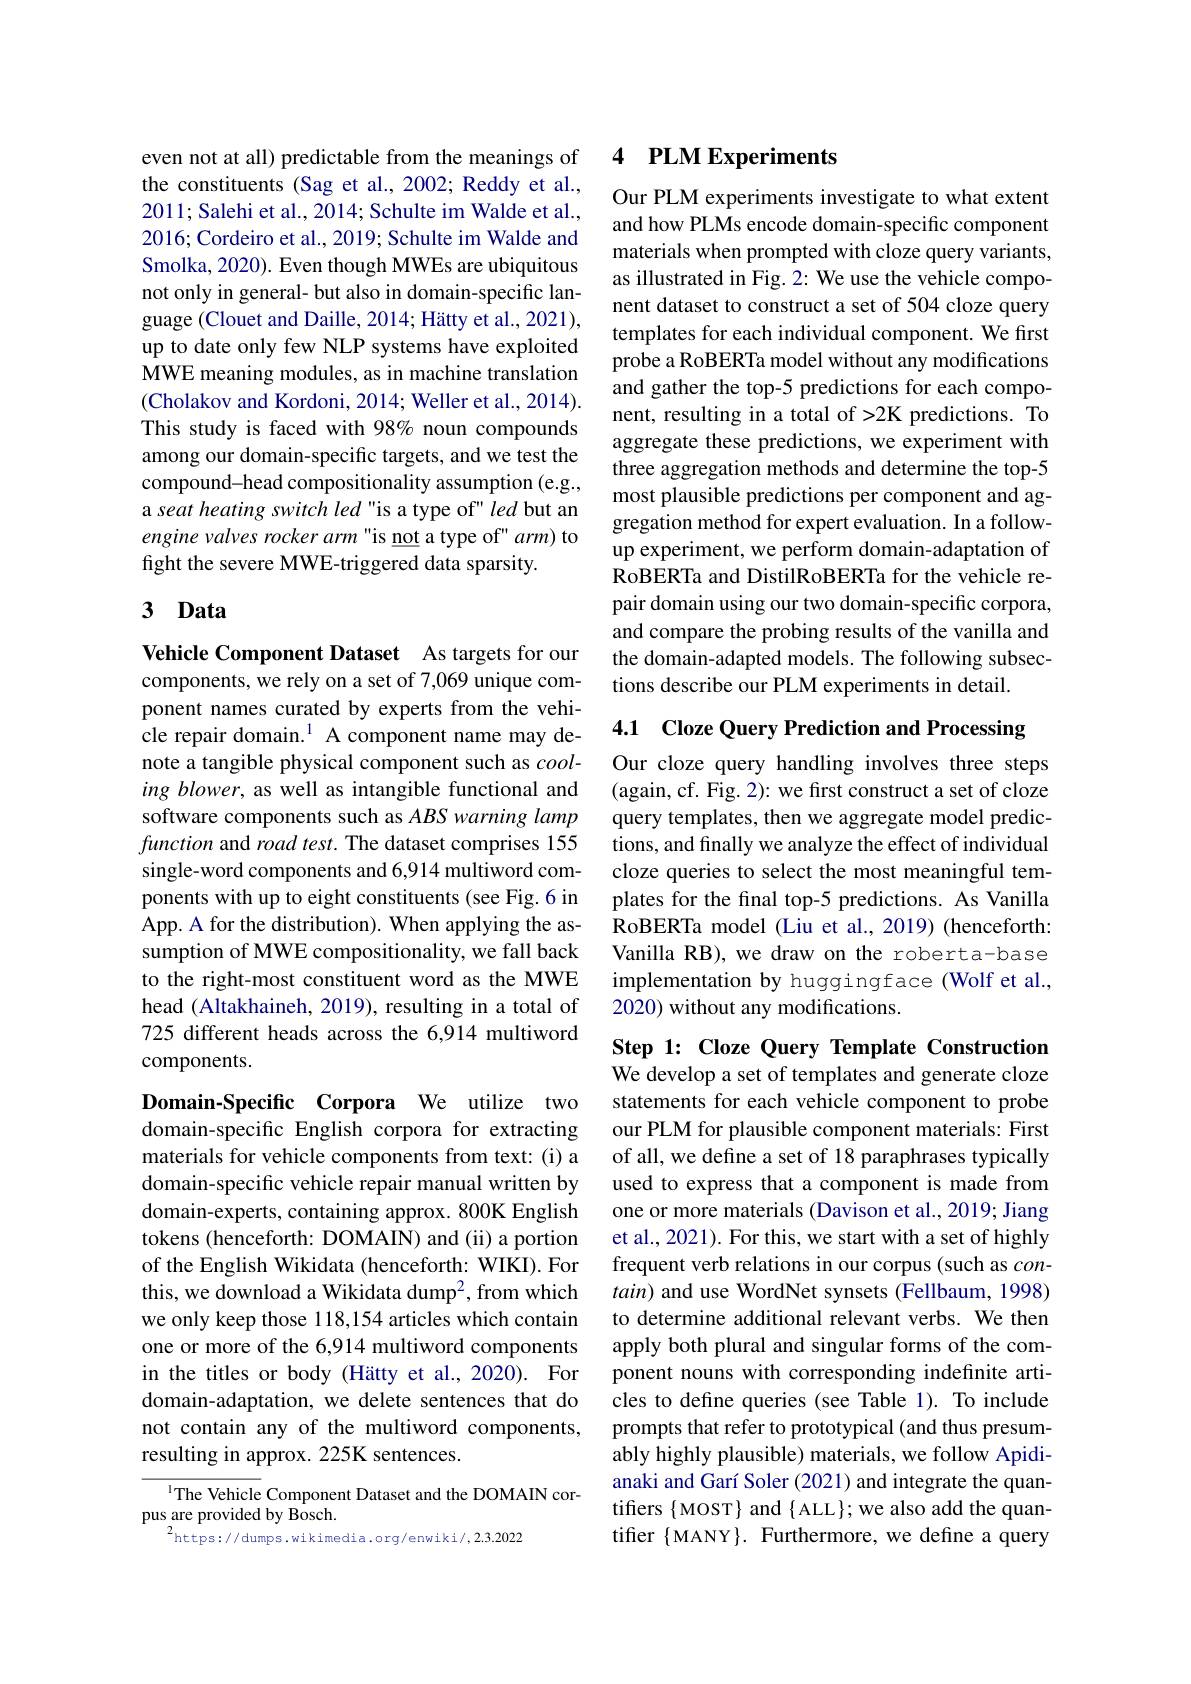
even not at all) predictable from the meanings of the constituents (Sag et al., 2002; Reddy et al., 2011; Salehi et al., 2014; Schulte im Walde et al., 2016; Cordeiro et al., 2019; Schulte im Walde and Smolka, 2020). Even though MWEs are ubiquitous not only in general- but also in domain-specific language (Clouet and Daille, 2014; Hätty et al., 2021), up to date only few NLP systems have exploited MWE meaning modules, as in machine translation (Cholakov and Kordoni, 2014; Weller et al., 2014). This study is faced with 98% noun compounds among our domain-specific targets, and we test the compound-head compositionality assumption (e.g., a seat heating switch led "is a type of" led but an engine valves rocker arm "is not a type of" arm) to fight the severe MWE-triggered data sparsity.

## 3 Data

Vehicle Component Dataset As targets for our components, we rely on a set of 7,069 unique component names curated by experts from the vehicle repair domain.$^{1}$ A component name may denote a tangible physical component such as cooling blower, as well as intangible functional and software components such as ABS warning lamp function and road test. The dataset comprises 155 single-word components and 6,914 multiword components with up to eight constituents (see Fig.6 in App. A for the distribution). When applying the assumption of MWE compositionality, we fall back to the right-most constituent word as the MWE head (Altakhaineh, 2019), resulting in a total of 725 different heads across the 6,914 multiword components.

Domain-Specific Corpora We utilize two domain-specific English corpora for extracting materials for vehicle components from text: (i) a domain-specific vehicle repair manual written by domain-experts, containing approx. 800K English tokens (henceforth: DOMAIN) and (ii) a portion of the English Wikidata (henceforth: WIKI). For this, we download a Wikidata dump$^{2}$, from which we only keep those 118,154 articles which contain one or more of the 6,914 multiword components in the titles or body (Hätty et al., 2020). For domain-adaptation, we delete sentences that do not contain any of the multiword components, resulting in approx. 225K sentences.

IThe Vehicle Component Dataset and the DOMAIN cor-
pus are provided by Bosch.
$^{2}$https://dumps.wikimedia.org/enwiki/,2.3.2022

### 4 $\textbf{PLM Experiments}$

Our PLM experiments investigate to what extent and how PLMs encode domain-specific component materials when prompted with cloze query variants, as illustrated in Fig. 2: We use the vehicle component dataset to construct a set of 504 cloze query templates for each individual component. We first probe a RoBERTa model without any modifications and gather the top-5 predictions for each component, resulting in a total of >2K predictions. To aggregate these predictions, we experiment with three aggregation methods and determine the top-5 most plausible predictions per component and aggregation method for expert evaluation. In a followup experiment, we perform domain-adaptation of RoBERTa and DistilRoBERTa for the vehicle repair domain using our two domain-specific corpora, and compare the probing results of the vanilla and the domain-adapted models. The following subsections describe our PLM experiments in detail.

4.1 Cloze Query Prediction and Processing

Our cloze query handling involves three steps (again, cf. Fig. 2): we first construct a set of cloze query templates, then we aggregate model predictions, and finally we analyze the effect of individual cloze queries to select the most meaningful templates for the final top-5 predictions. As Vanilla RoBERTa model (Liu et al., 2019) (henceforth: Vanilla RB), we draw on the roberta-base implementation by huggingface (Wolf et al., 2020) without any modifications.

Step 1: Cloze Query Template Construction We develop a set of templates and generate cloze statements for each vehicle component to probe our PLM for plausible component materials: First of all, we define a set of 18 paraphrases typically used to express that a component is made from one or more materials (Davison et al., 2019; Jiang et al., 2021). For this, we start with a set of highly frequent verb relations in our corpus (such as $con-$ $tain)$ and use WordNet synsets (Fellbaum, 1998) to determine additional relevant verbs. We then apply both plural and singular forms of the component nouns with corresponding indefinite articles to define queries (see Table 1). To include prompts that refer to prototypical (and thus presumably highly plausible) materials, we follow Apidianaki and Garí Soler (2021) and integrate the quantiffers { MOST} and { ALL}$ we also add the quantiffer {MANY}. Furthermore, we define a query